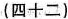
(四十二)